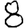
Digit: 8